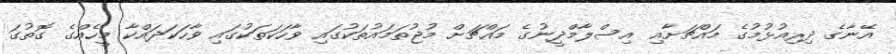
އޭނާގެ ދިރިއުޅުމުގެ މައްޗަށާއި އިސްލާމްދީނުގެ މައްޗަށް މުޖުތަމައުތަކުގައި ވާހަކަތަކުގައި ވާހަކަދައްކާ މީހެއްގެ ގޮތުގަ